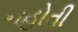
નહોતી